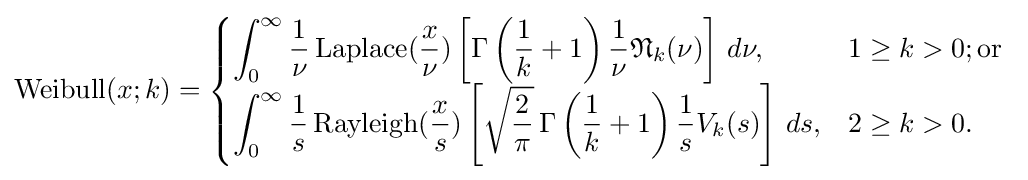
{\text{Weibull}}(x;k)={\begin{cases}\displaystyle \int _{0}^{\infty }{\frac {1}{\nu }}\,{\text{Laplace}}({\frac {x}{\nu }})\left[\Gamma \left({\frac {1}{k}}+1\right){\frac {1}{\nu }}{\mathfrak {N}}_{k}(\nu )\right]\,d\nu ,&1\geq k>0;{\text{or }}\\\displaystyle \int _{0}^{\infty }{\frac {1}{s}}\,{\text{Rayleigh}}({\frac {x}{s}})\left[{\sqrt {\frac {2}{\pi }}}\,\Gamma \left({\frac {1}{k}}+1\right){\frac {1}{s}}V_{k}(s)\right]\,ds,&2\geq k>0.\end{cases}}